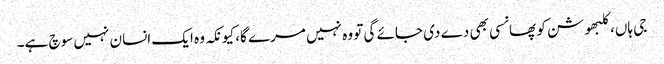
جی ہاں، کلبھوشن کو پھانسی بھی دے دی جائے گی تو وہ نہیں مرے گا، کیونکہ وہ ایک انسان نہیں سوچ ہے۔